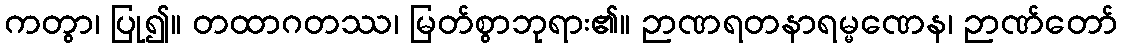
ကတွာ၊ ပြု၍။ တထာဂတဿ၊ မြတ်စွာဘုရား၏။ ဉာဏရတနာရမ္မဏေန၊ ဉာဏ်တော်